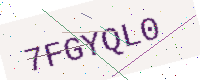
Text: 7FGYQL0